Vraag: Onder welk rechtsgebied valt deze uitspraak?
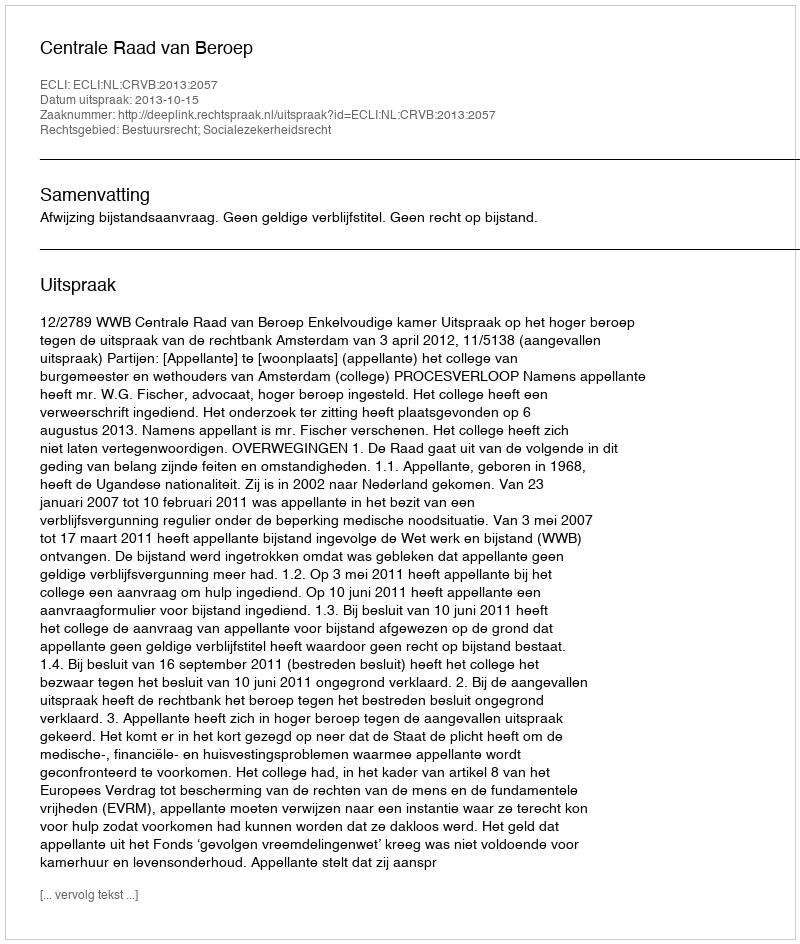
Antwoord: Bestuursrecht; Socialezekerheidsrecht